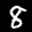
Label: 8